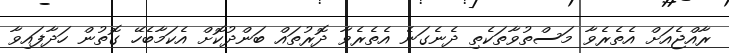
ރާއްޖެއަށް އެތެރެވާ މަސްތުވާތަކެތި ދެނެގަނެ އެތެރެވާ ދޮރުތައް ބަންދުކޮށް އެކަމާބެހޭ ގޮތުން ހަދާފައިވާ